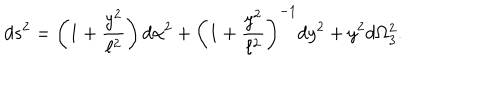
LaTeX: d s ^ { 2 } = \left( 1 + \frac { y ^ { 2 } } { \ell ^ { 2 } } \right) d \alpha ^ { 2 } + \left( 1 + \frac { y ^ { 2 } } { \ell ^ { 2 } } \right) ^ { - 1 } d y ^ { 2 } + y ^ { 2 } d \Omega _ { 3 } ^ { 2 } .